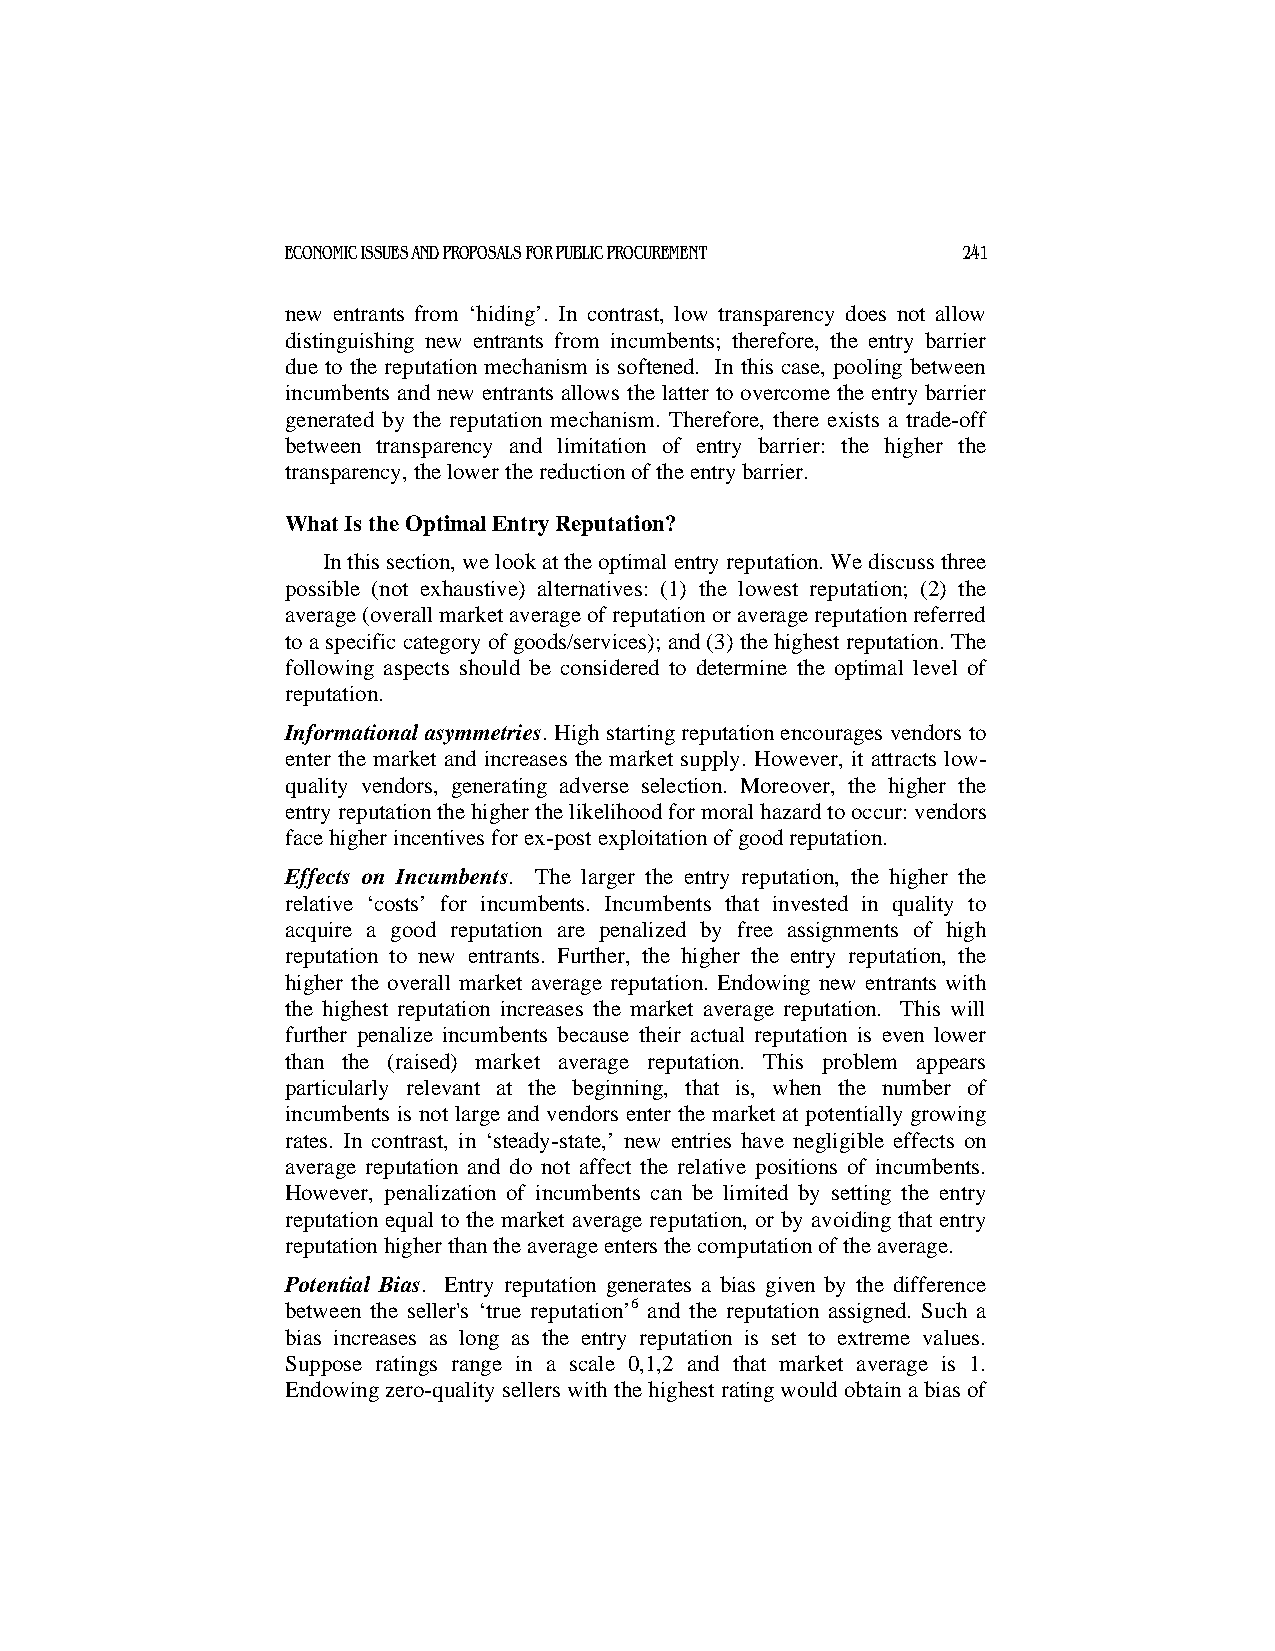
ECONOMIC ISSUES AND PROPOSALS FOR PUBLIC PROCUREMENT 241
 new entrants from ‘hiding’. In contrast, low transparency does not allow
 distinguishing new entrants from incumbents; therefore, the entry barrier
 due to the reputation mechanism is softened. In this case, pooling between
 incumbents and new entrants allows the latter to overcome the entry barrier
 generated by the reputation mechanism. Therefore, there exists a trade-off
 between transparency and limitation of entry barrier: the higher the
 transparency, the lower the reduction of the entry barrier.
 What Is the Optimal Entry Reputation?
 In this section, we look at the optimal entry reputation. We discuss three
 possible (not exhaustive) alternatives: (1) the lowest reputation; (2) the
 average (overall market average of reputation or average reputation referred
 to a specific category of goods/services); and (3) the highest reputation. The
 following aspects should be considered to determine the optimal level of
 reputation.
 Informational asymmetries. High starting reputation encourages vendors to
 enter the market and increases the market supply. However, it attracts low-
 quality vendors, generating adverse selection. Moreover, the higher the
 entry reputation the higher the likelihood for moral hazard to occur: vendors
 face higher incentives for ex-post exploitation of good reputation.
 Effects on Incumbents. The larger the entry reputation, the higher the
 relative ‘costs’ for incumbents. Incumbents that invested in quality to
 acquire a good reputation are penalized by free assignments of high
 reputation to new entrants. Further, the higher the entry reputation, the
 higher the overall market average reputation. Endowing new entrants with
 the highest reputation increases the market average reputation. This will
 further penalize incumbents because their actual reputation is even lower
 than the (raised) market average reputation. This problem appears
 particularly relevant at the beginning, that is, when the number of
 incumbents is not large and vendors enter the market at potentially growing
 rates. In contrast, in ‘steady-state,’ new entries have negligible effects on
 average reputation and do not affect the relative positions of incumbents.
 However, penalization of incumbents can be limited by setting the entry
 reputation equal to the market average reputation, or by avoiding that entry
 reputation higher than the average enters the computation of the average.
 Potential Bias. Entry reputation generates a bias given by the difference
 between the seller's ‘true reputation’6 and the reputation assigned. Such a
 bias increases as long as the entry reputation is set to extreme values.
 Suppose ratings range in a scale 0,1,2 and that market average is 1.
 Endowing zero-quality sellers with the highest rating would obtain a bias of